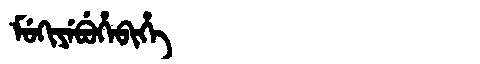
Manchu: ᠮᡠᡴᡳᠶᡝᠪᡠᡥᡝᠪᡳᡥᡝ
Romanization: MUKIYEBUHEBIHE